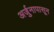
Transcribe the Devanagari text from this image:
अर्जुनापासून